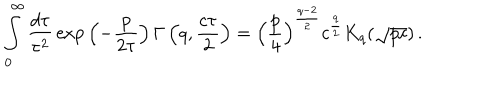
\int _ { 0 } ^ { \infty } \frac { d \tau } { \tau ^ { 2 } } \, \mathrm { e x p } \left( - \frac { p } { 2 \tau } \right) \Gamma \left( q , \frac { c \tau } 2 \right) = \left( \frac p 4 \right) ^ { \frac { q - 2 } 2 } c ^ { \frac q 2 } K _ { q } ( \sqrt { p c } ) \, .